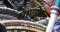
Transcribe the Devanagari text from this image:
खाण्डेकर